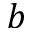
b